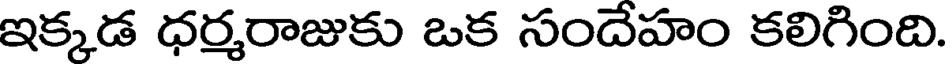
ఇక్కడ ధర్మరాజుకు ఒక సందేహం కలిగింది.